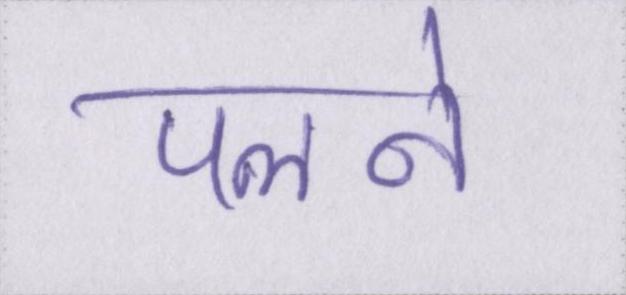
पलने